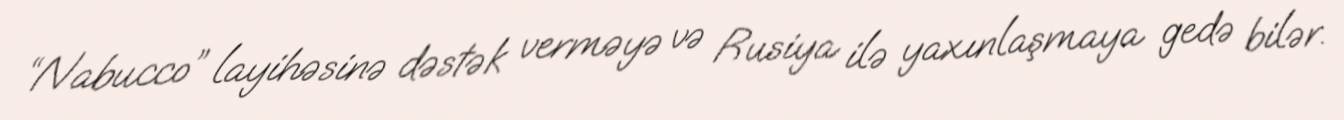
“Nabucco” layihəsinə dəstək verməyə və Rusiya ilə yaxınlaşmaya gedə bilər.